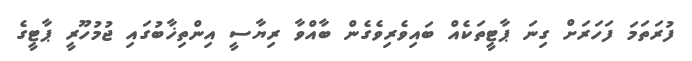
ފުރަތަމަ ފަހަރަށް ގިނަ ޕާޓީތަކެއް ބައިވެރިވެގެން ބާއްވާ ރިޔާސީ އިންތިޚާބުގައި ޖުމުހޫރީ ޕާޓީގެ